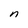
Character: n